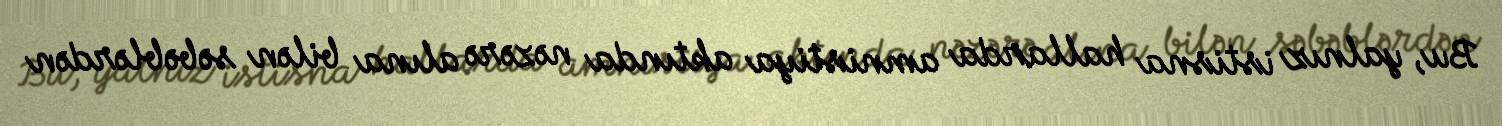
Bu, yalnız istisna hallarda amnistiya aktında nəzərə alına bilən səbəblərdən